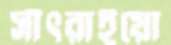
সাঁৎরাইয়ো